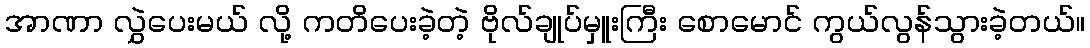
အာဏာ လွှဲပေးမယ် လို့ ကတိပေးခဲ့တဲ့ ဗိုလ်ချုပ်မှူးကြီး စောမောင် ကွယ်လွန်သွားခဲ့တယ်။